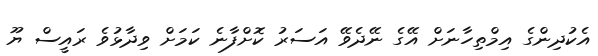
އެކުދިންގެ އިމްތިހާނަށް އޭގެ ނޭދެވޭ އަސަރު ކޮށްފާނެ ކަމަށް ވިދާޅުވެ ރައީސް ޔޫ